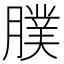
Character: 𦢂